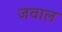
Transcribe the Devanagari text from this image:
जवाल